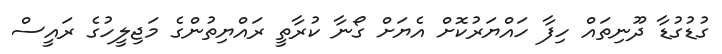
ގުޑުގުޑާ ދޫނިތައް ހިފާ ހައްޔަރުކޮށް އެޔަށް ގޯނާ ކުރާތީ ރައްޔިތުންގެ މަޖިލީހުގެ ރައީސް